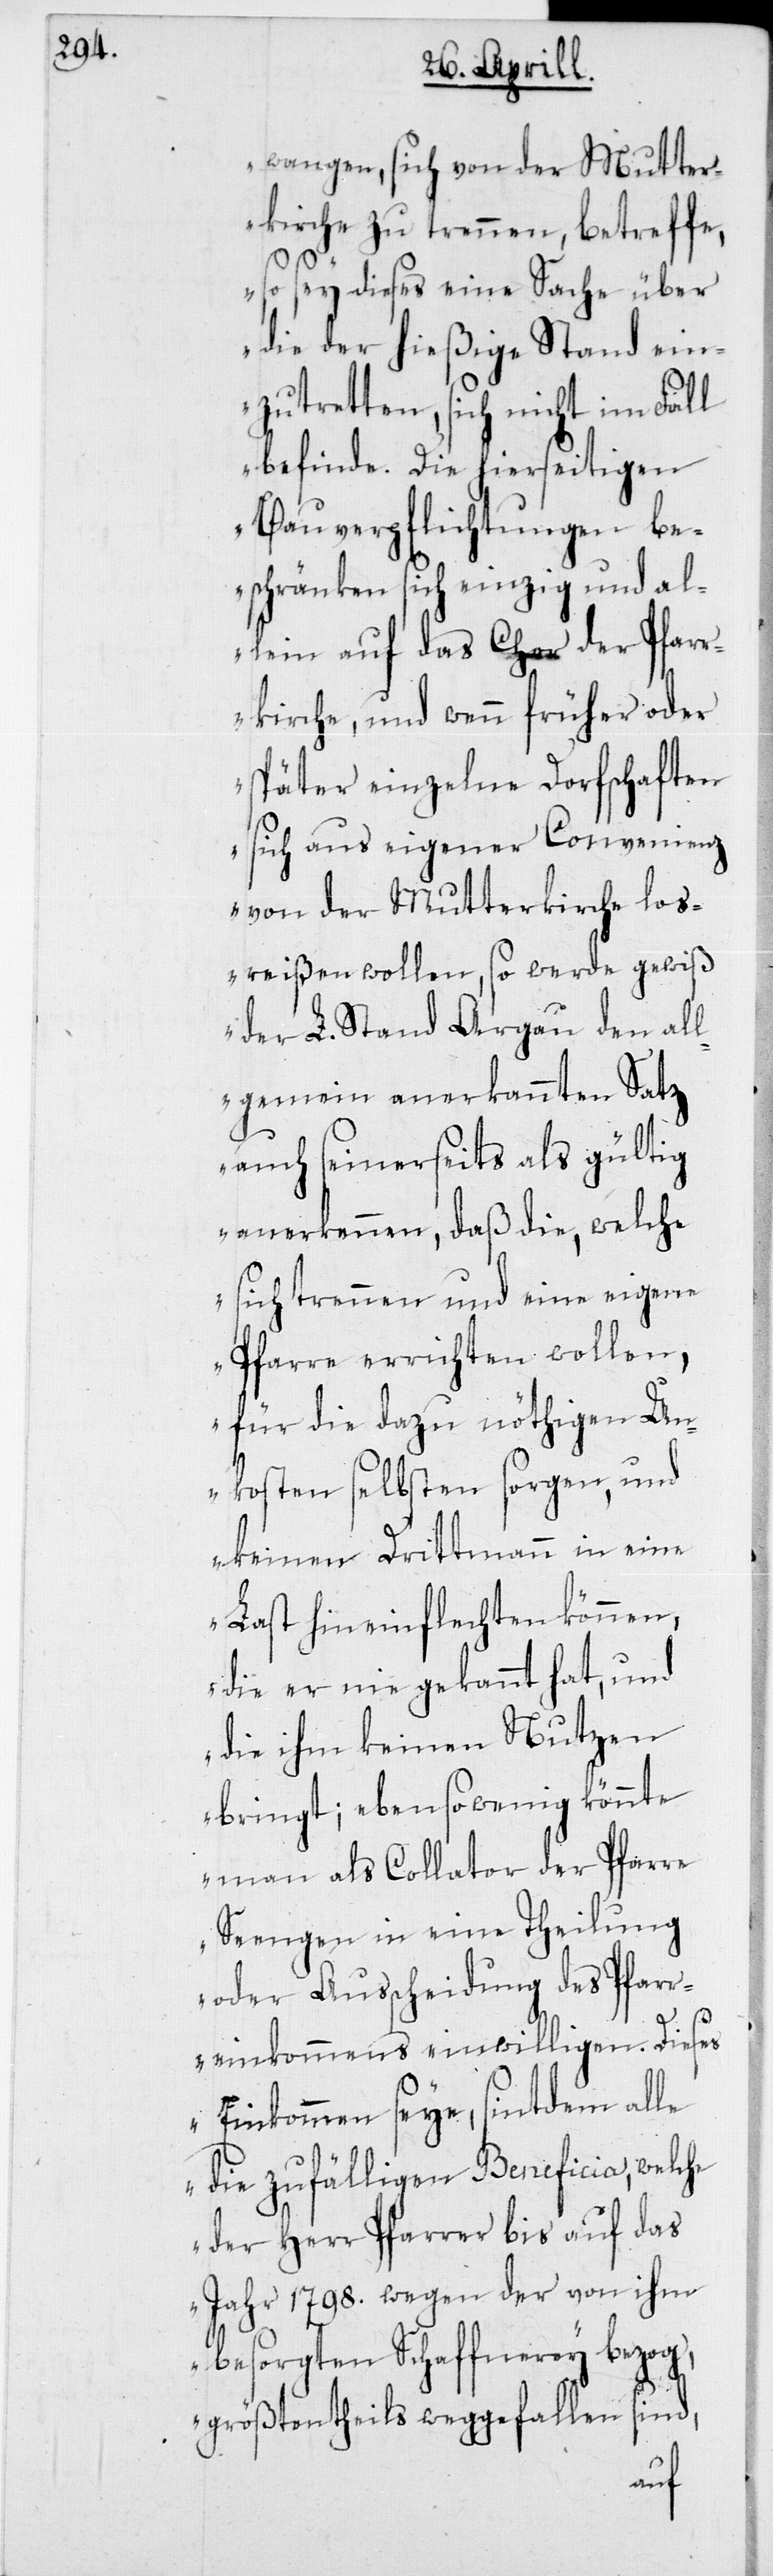
wangen, sich von der Mutter¬
kirche zu trennen, betreffe,
so sey dieses eine Sache über
die der hießige Stand ein¬
zutretten, sich nicht im Fall
befinde. Die hierseitigen
Bauverpflichtungen be¬
schränken sich einzig und al¬
lein auf das Chor der Pfarr¬
kirche, und wenn früher oder
später einzelne Dorfschaften
sich aus eigener Convenienz
von der Mutterkirche los¬
reißen wollen, so werde gewiß
der L. Stand Argau den al¬
lgemein anerkannten Satz
auch seinerseits als gültig
anerkennen, daß die, welche
sich trennen und eine eigene
Pfarre errichten wollen,
für die dazu nöthigen Un¬
kosten selbsten sorgen, und
keinen Drittmann in eine
Last hineinflechten können,
die er nie gekannt hat, und
die ihm keinen Nutzen
bringt; ebenso wenig könnte
man als Collator der Pfarre
Seengen in eine Theilung
oder Ausscheidung des Pfar¬
reinkommens einwilligen. Dieses
Einkommen seye, sintdem alle
die zufälligen Beneficia, welche
der Herr Pfarrer bis auf das
Jahr 1798. wegen der von ihm
besorgten Schaffnerey bezog,
größtentheils weggefallen sind,